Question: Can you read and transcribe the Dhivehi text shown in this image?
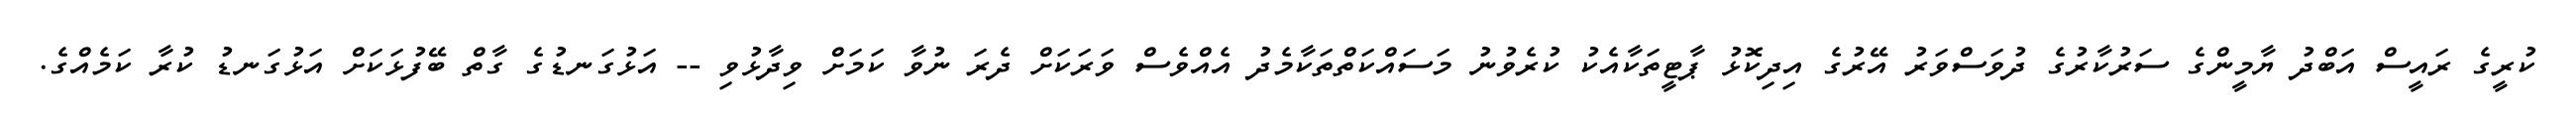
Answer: ކުރީގެ ރައީސް އަބްދު ޔާމީންގެ ސަރުކާރުގެ ދުވަސްވަރު އޭރުގެ އިދިކޮޅު ޕާޓީތަކާއެކު ކުރެވުނު މަސައްކަތްތަކާމެދު އެއްވެސް ވަރަކަށް ދެރަ ނުވާ ކަމަށް ވިދާޅުވި -- އަޅުގަނޑުގެ ގާތް ބޭފުޅަކަށް އަޅުގަނޑު ކުރާ ކަމެއްގެ.